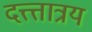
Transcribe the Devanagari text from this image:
दत्त्त्तात्रय